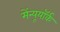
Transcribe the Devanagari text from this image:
मेंन्यूयॉर्क